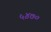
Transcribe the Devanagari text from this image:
५४७०